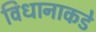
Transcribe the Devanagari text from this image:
विधानाकडे